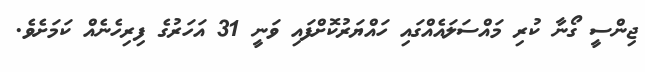
ޖިންސީ ގޯނާ ކުރި މައްސަލައެއްގައި ހައްޔަރުކޮށްފައި ވަނީ 31 އަހަރުގެ ފިރިހެނެއް ކަމަށެވެ.